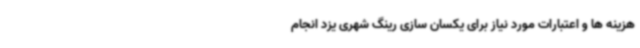
هزینه ها و اعتبارات مورد نیاز برای یکسان سازی رینگ شهری یزد انجام